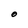
Character: O